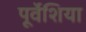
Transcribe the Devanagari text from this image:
पूर्वेशिया